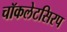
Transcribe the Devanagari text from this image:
चॉकलेटसिरप